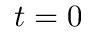
t = 0